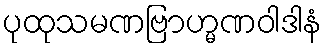
ပုထုသမဏဗြာဟ္မဏဝါဒါနံ